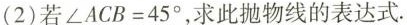
(2)若$$\angle ACB=45^{\circ}$$，求此抛物线的表达式.